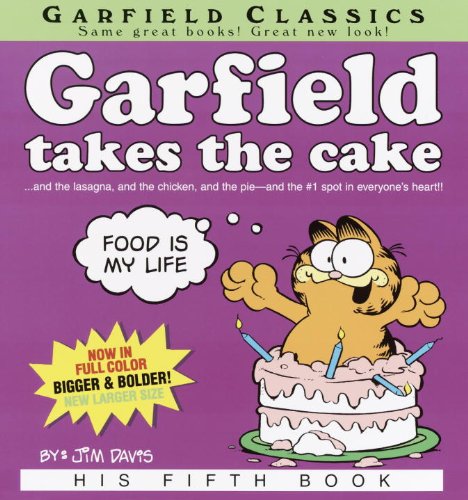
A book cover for Garfield Takes The Cake (Turtleback School & Library Binding Edition) (Garfield Classics (Pb)); Jim Davis; Humor & Entertainment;